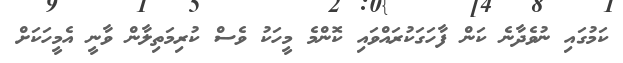
ކަމުގައި ނުވެދާނެ ކަން ފާހަގަކުރައްވައި ކޮންމެ މީހަކު ވެސް ކުރިމަތިލާން ވާނީ އެމީހަކަށް